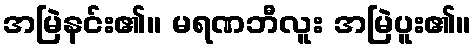
အမြဲနင်း၏။ မရဏဘီလူး အမြဲပူး၏။